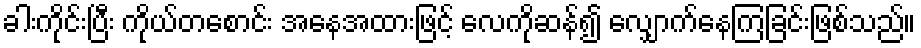
ခါးကိုင်းပြီး ကိုယ်တစောင်း အနေအထားဖြင့် လေကိုဆန်၍ လျှောက်နေကြခြင်းဖြစ်သည်။